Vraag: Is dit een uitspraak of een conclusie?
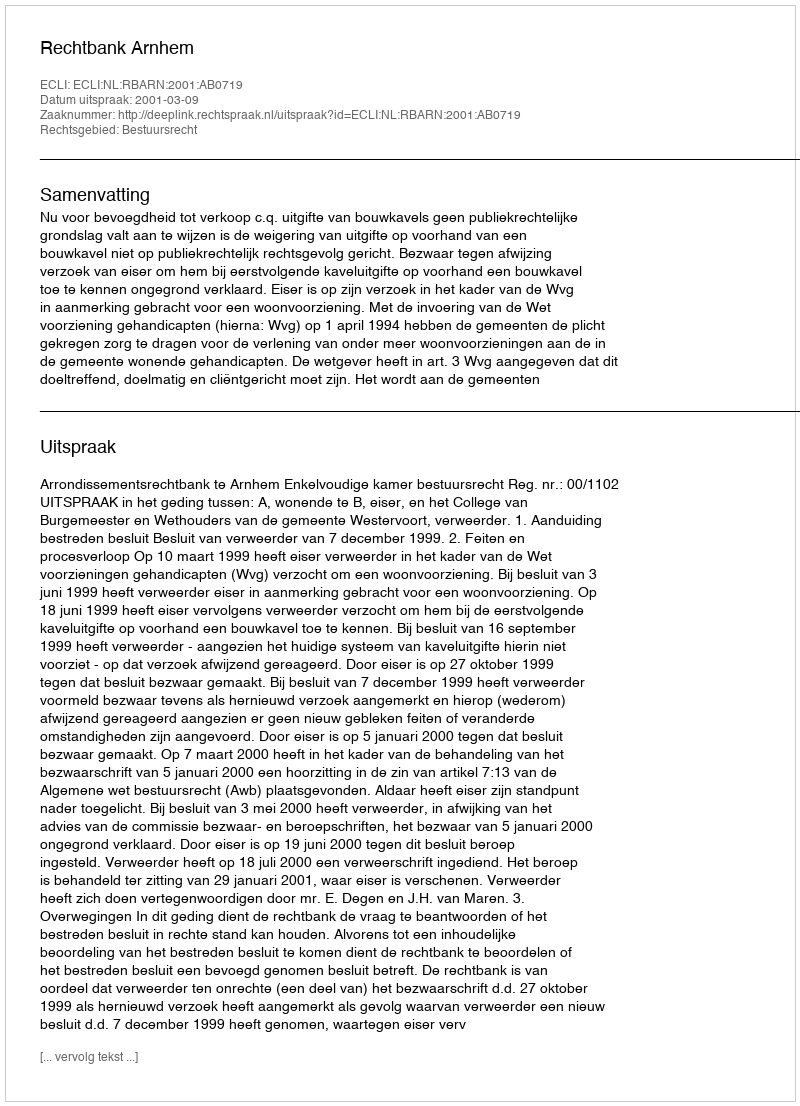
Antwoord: Uitspraak